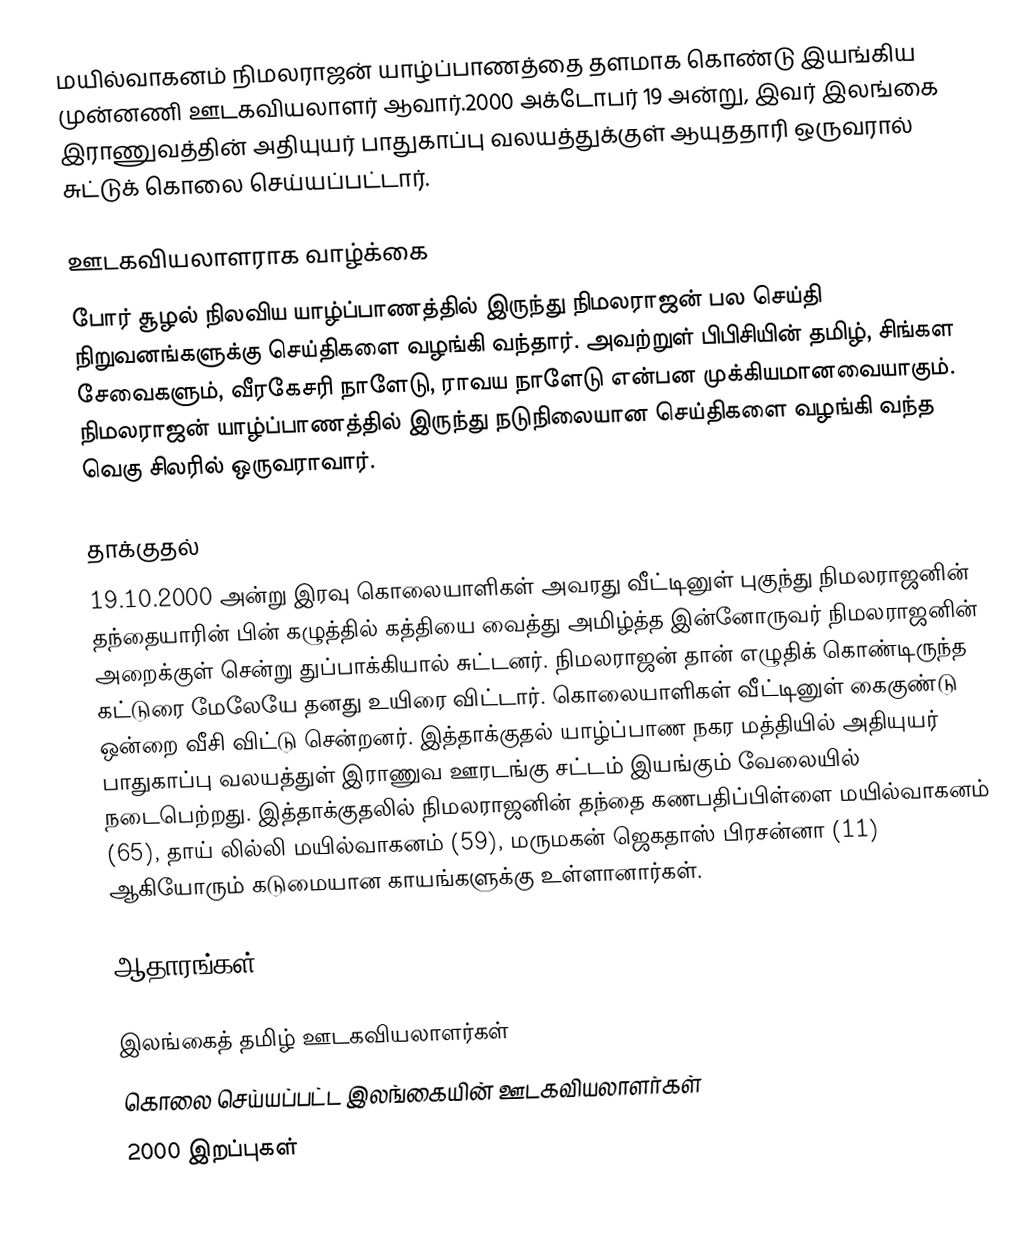
மயில்வாகனம் நிமலராஜன் யாழ்ப்பாணத்தை தளமாக கொண்டு இயங்கிய முன்னணி ஊடகவியலாளர் ஆவார்.2000 அக்டோபர் 19 அன்று, இவர் இலங்கை இராணுவத்தின் அதியுயர் பாதுகாப்பு வலயத்துக்குள் ஆயுததாரி ஒருவரால் சுட்டுக் கொலை செய்யப்பட்டார்.

ஊடகவியலாளராக வாழ்க்கை
போர் சூழல் நிலவிய யாழ்ப்பாணத்தில் இருந்து நிமலராஜன் பல செய்தி நிறுவனங்களுக்கு செய்திகளை வழங்கி வந்தார். அவற்றுள் பிபிசியின் தமிழ், சிங்கள சேவைகளும், வீரகேசரி நாளேடு, ராவய நாளேடு என்பன முக்கியமானவையாகும். நிமலராஜன் யாழ்ப்பாணத்தில் இருந்து நடுநிலையான செய்திகளை வழங்கி வந்த வெகு சிலரில் ஒருவராவார்.

தாக்குதல்
19.10.2000 அன்று இரவு கொலையாளிகள் அவரது வீட்டினுள் புகுந்து நிமலராஜனின் தந்தையாரின் பின் கழுத்தில் கத்தியை வைத்து அமிழ்த்த இன்னோருவர் நிமலராஜனின் அறைக்குள் சென்று துப்பாக்கியால் சுட்டனர். நிமலராஜன் தான் எழுதிக் கொண்டிருந்த கட்டுரை மேலேயே தனது உயிரை விட்டார். கொலையாளிகள் வீட்டினுள் கைகுண்டு ஒன்றை வீசி விட்டு சென்றனர். இத்தாக்குதல் யாழ்ப்பாண நகர மத்தியில் அதியுயர் பாதுகாப்பு வலயத்துள் இராணுவ ஊரடங்கு சட்டம் இயங்கும் வேலையில் நடைபெற்றது.  இத்தாக்குதலில் நிமலராஜனின் தந்தை கணபதிப்பிள்ளை மயில்வாகனம் (65), தாய் லில்லி மயில்வாகனம் (59), மருமகன் ஜெகதாஸ் பிரசன்னா (11) ஆகியோரும் கடுமையான காயங்களுக்கு உள்ளானார்கள்.

ஆதாரங்கள்

இலங்கைத் தமிழ் ஊடகவியலாளர்கள்
கொலை செய்யப்பட்ட இலங்கையின் ஊடகவியலாளர்கள்
2000 இறப்புகள்